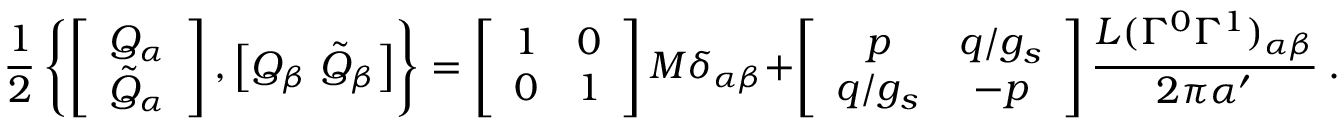
{ \frac { 1 } { 2 } } \left\{ \left[ \begin{array} { c } { { Q _ { \alpha } } } \\ { { \tilde { Q } _ { \alpha } } } \end{array} \right] , \left[ Q _ { \beta } \ \tilde { Q } _ { \beta } \right] \right\} = \left[ \begin{array} { c c } { { 1 } } & { { 0 } } \\ { { 0 } } & { { 1 } } \end{array} \right] M \delta _ { \alpha \beta } + \left[ \begin{array} { c c } { { p } } & { { q / g _ { s } } } \\ { { q / g _ { s } } } & { { - p } } \end{array} \right] { \frac { { L ( \Gamma ^ { 0 } \Gamma ^ { 1 } ) } _ { \alpha \beta } } { 2 \pi { \alpha ^ { \prime } } } } \ .